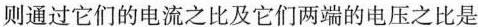
则通过它们的电流之比及它们两端的电压之比是